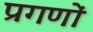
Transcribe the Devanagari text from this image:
प्रगणों